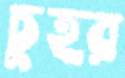
চুহর